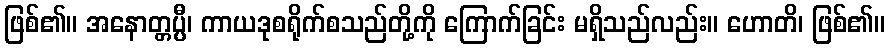
ဖြစ်၏။ အနောတ္တပ္ပီ၊ ကာယဒုစရိုက်စသည်တို့ကို ကြောက်ခြင်း မရှိသည်လည်း။ ဟောတိ၊ ဖြစ်၏။